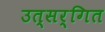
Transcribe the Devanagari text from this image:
उत्सर्गित